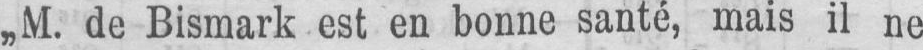
„M. de Bismark est en bonne santé, mais il ne